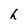
Character: h